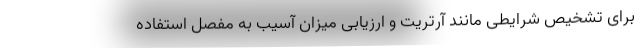
برای تشخیص شرایطی مانند آرتریت و ارزیابی میزان آسیب به مفصل استفاده